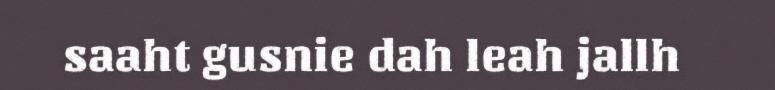
saaht gusnie dah leah jallh